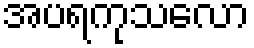
အပရကုသလော